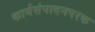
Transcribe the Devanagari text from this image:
कार्यसंपादनपरक